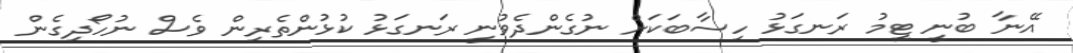
އޭނާ ބުނީ ޓީމު ރަނގަޅު ހިސާބަކަށް ނުގެންދެވުނީ ރަނގަޅު ކުޅުންތެރިން ވެސް ނުހޯދިގެން